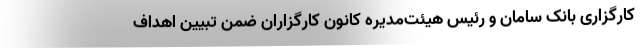
کارگزاری بانک سامان و رئیس هیئت‌مدیره کانون کارگزاران ضمن تبیین اهداف